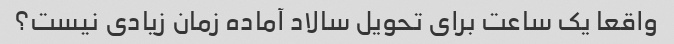
واقعا یک ساعت برای تحویل سالاد آماده زمان زیادی نیست؟